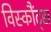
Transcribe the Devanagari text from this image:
विस्कौंट्स